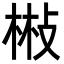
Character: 㪔